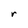
Character: r